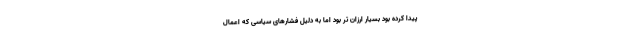
پیدا کرده بود بسیار ارزان تر بود اما به دلیل فشارهای سیاسی که اعمال